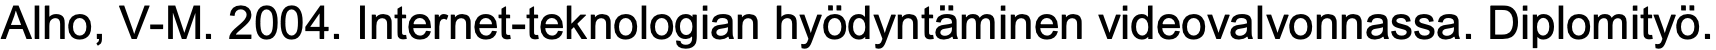
Alho, V-M. 2004. Internet-teknologian hyödyntäminen videovalvonnassa. Diplomityö.